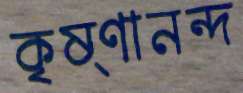
কৃষ্ণানন্দ